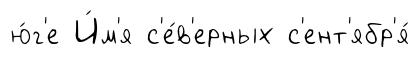
ю́г'е И́м'я с'е́в'ерных с'ент'ябр'я́